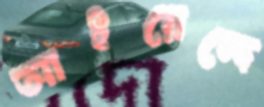
আইয়েন্দে